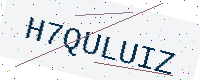
Text: H7QULUIZ